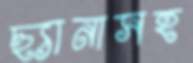
ছ্যানাসহ